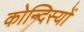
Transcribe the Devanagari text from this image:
कोन्दिस्यों